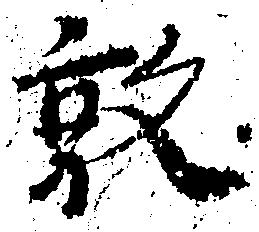
敦